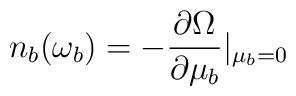
n_b(\omega_b)=-\frac{\partial\Omega}{\partial \mu_b}|_{\mu_b=0}